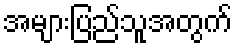
အများပြည်သူအတွက်